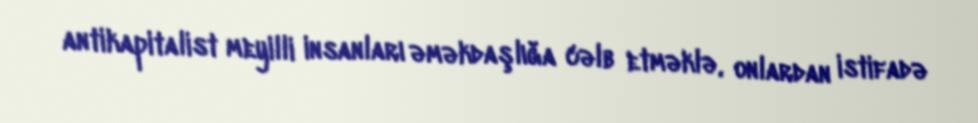
antikapitalist meyilli insanları əməkdaşlığa cəlb etməklə, onlardan istifadə